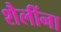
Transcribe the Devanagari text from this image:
शैलींना